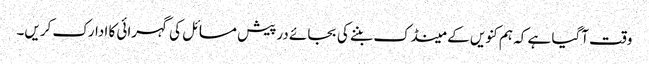
وقت آگیا ہے کہ ہم کنویں کے مینڈک بننے کی بجائے درپیش مسائل کی گہرائی کا ادارک کریں۔